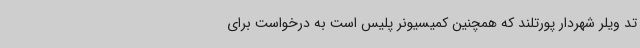
تد ویلر شهردار پورتلند که همچنین کمیسیونر پلیس است به درخواست برای